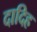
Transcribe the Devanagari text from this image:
दादिह